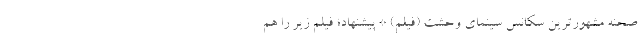
صحنه مشهورترین سکانس سینمای وحشت (فیلم) * پیشنهاد؛ فیلم‌ زیر را هم